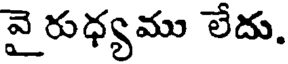
వై రుధ్యము లేదు.